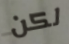
لكن